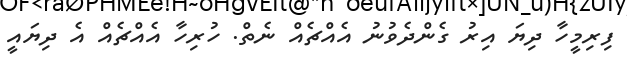
ފިރިމީހާ ދިޔަ އިރު ގެންދެވުނު އެއްޗެއް ނެތް. ހުރިހާ އެއްޗެއް އެ ދިޔައީ